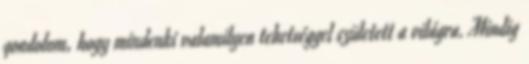
gondolom, hogy mindenki valamilyen tehetséggel született a világra. Mindig